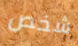
شخص